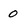
Character: 0